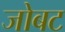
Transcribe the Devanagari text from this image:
जोबट